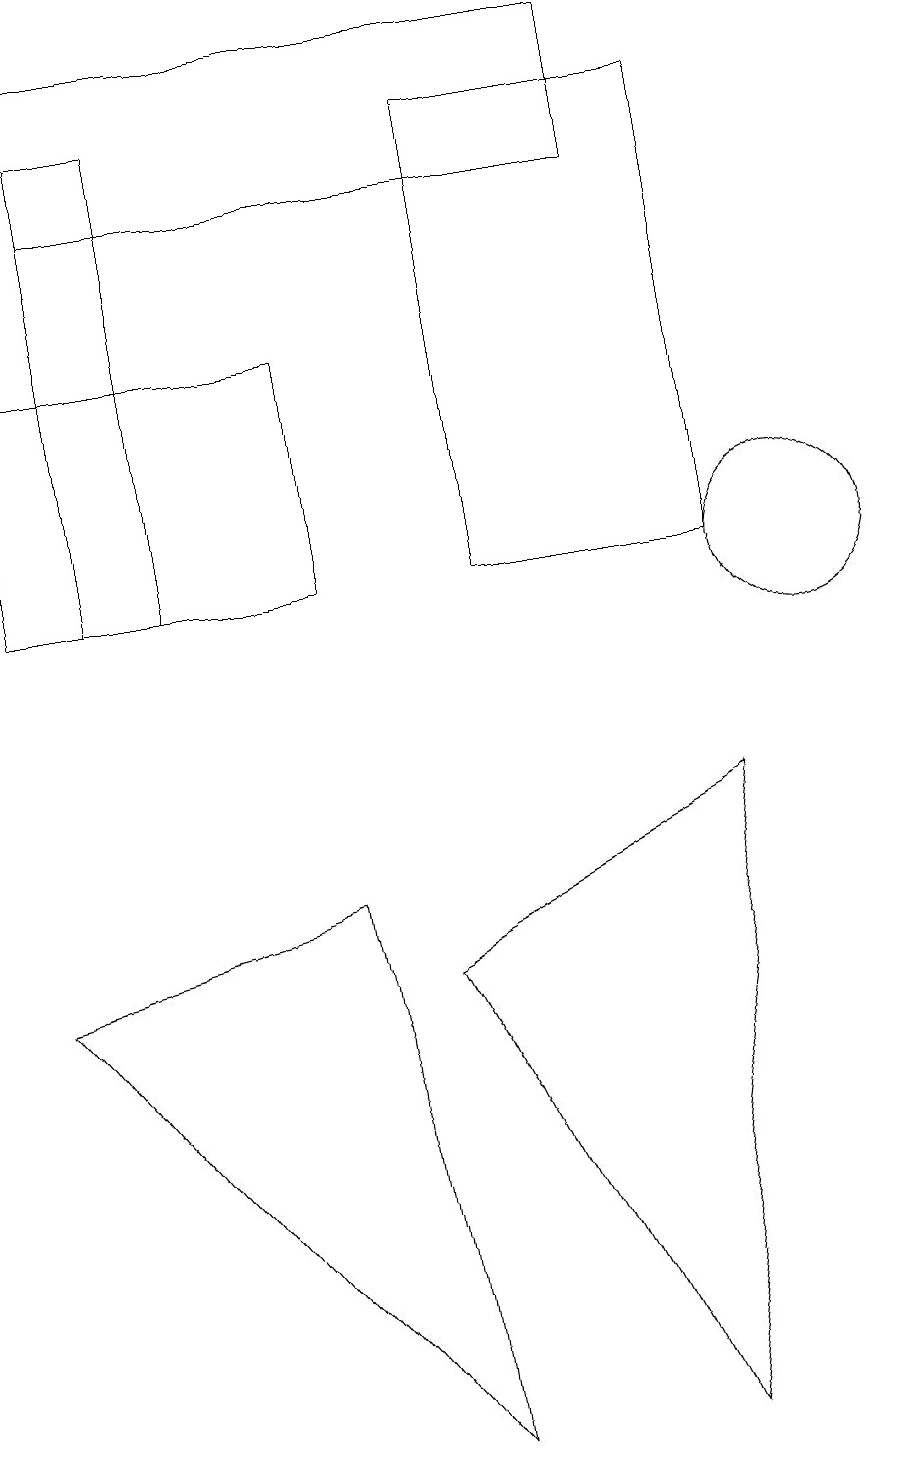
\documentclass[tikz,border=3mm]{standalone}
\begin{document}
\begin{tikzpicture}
\draw (2,17) rectangle (1,11);
\draw (5,6) -- (9,8) -- (8,0) -- cycle;
\draw (1,16) rectangle (8,18);
\draw (10,11) circle (1);
\draw (4,11) rectangle (0,14);
\draw (6,11) rectangle (9,17);
\draw (0,6) -- (5,0) -- (4,7) -- cycle;
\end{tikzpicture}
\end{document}